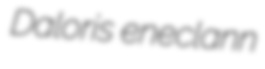
Daloris eneclann